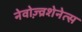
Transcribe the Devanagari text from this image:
नेवोज़्व्रशेनेत्स